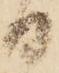
日